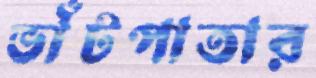
ভাঁটপাতার